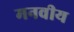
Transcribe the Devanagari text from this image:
मनवीय